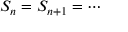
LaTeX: S _ { n } = S _ { n + 1 } = \cdots